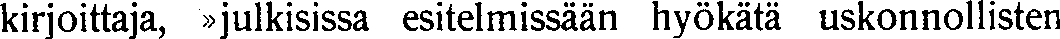
kirjoittaja, »julkisissa esitelmissään hyökätä uskonnollisten